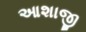
આશાજી